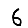
Digit: 6